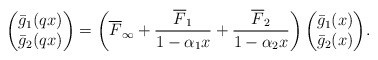
\begin{align*}& \begin{pmatrix} \bar{g}_1(qx) \\ \bar{g}_2(qx) \end{pmatrix} = \biggl( \overline{F}_{\infty}+\frac{\overline{F}_1}{1- \alpha_1 x}+\frac{\overline{F}_2}{1- \alpha_2 x} \biggr)\begin{pmatrix} \bar{g}_1(x) \\ \bar{g}_2(x) \end{pmatrix}\! . \end{align*}